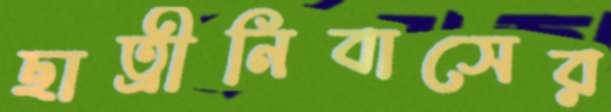
ছাত্রীনিবাসের